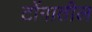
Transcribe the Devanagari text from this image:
टोंगातील